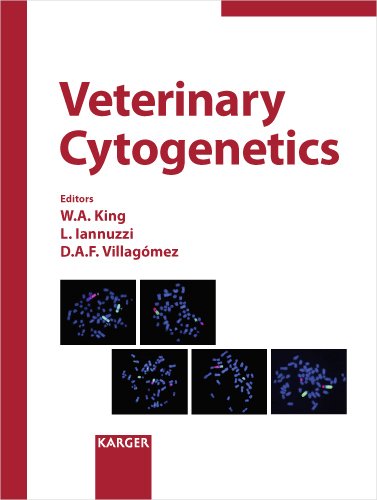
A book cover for Veterinary Cytogenetics (Cytogenetic and Genome Research 2008); Medical Books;